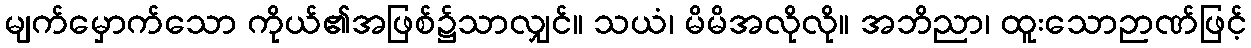
မျက်မှောက်သော ကိုယ်၏အဖြစ်၌သာလျှင်။ သယံ၊ မိမိအလိုလို။ အဘိညာ၊ ထူးသောဉာဏ်ဖြင့်